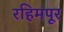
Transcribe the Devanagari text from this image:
रहिमपूर